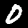
Digit: 0